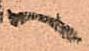
へ